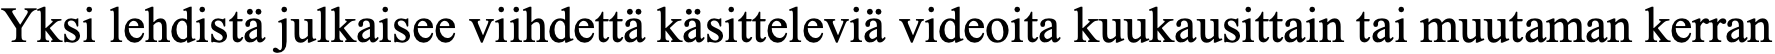
Yksi lehdistä julkaisee viihdettä käsitteleviä videoita kuukausittain tai muutaman kerran